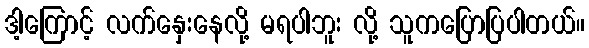
ဒါ့ကြောင့် လက်နှေးနေလို့ မရပါဘူး လို့ သူကပြောပြပါတယ်။